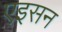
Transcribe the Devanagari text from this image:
एइसन